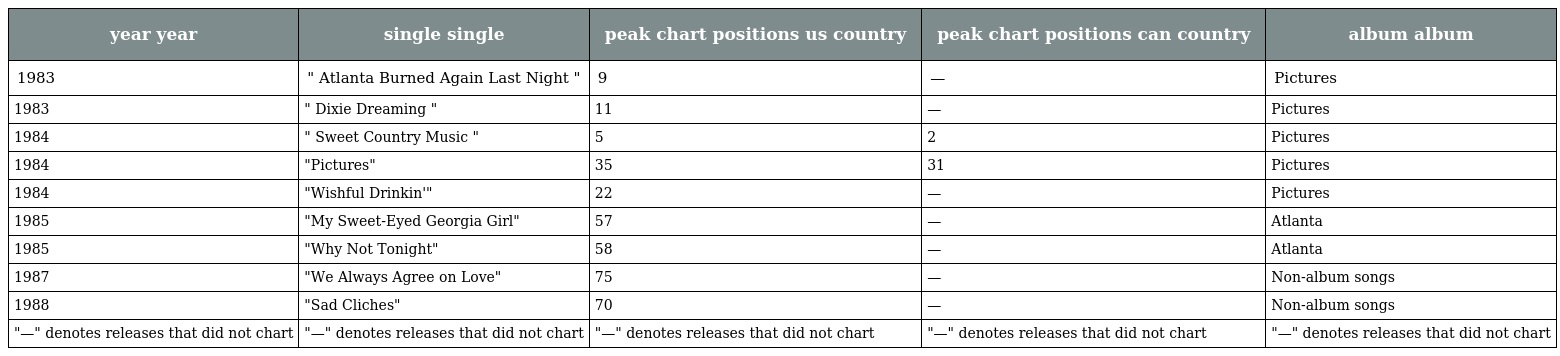
| year year | single single | peak chart positions us country | peak chart positions can country | album album |
 | --- | --- | --- | --- | --- |
 | 1983 | " Atlanta Burned Again Last Night " | 9 | — | Pictures |
 | 1983 | " Dixie Dreaming " | 11 | — | Pictures |
 | 1984 | " Sweet Country Music " | 5 | 2 | Pictures |
 | 1984 | "Pictures" | 35 | 31 | Pictures |
 | 1984 | "Wishful Drinkin'" | 22 | — | Pictures |
 | 1985 | "My Sweet-Eyed Georgia Girl" | 57 | — | Atlanta |
 | 1985 | "Why Not Tonight" | 58 | — | Atlanta |
 | 1987 | "We Always Agree on Love" | 75 | — | Non-album songs |
 | 1988 | "Sad Cliches" | 70 | — | Non-album songs |
 | "—" denotes releases that did not chart | "—" denotes releases that did not chart | "—" denotes releases that did not chart | "—" denotes releases that did not chart | "—" denotes releases that did not chart |